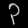
Digit: ၃